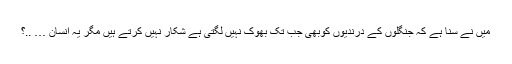
میں نے سنا ہے کہ جنگلوں کے درندیوں کوبھی جب تک بھوک نہیں لگتی ہے شکار نہیں کرتے ہیں مگر یہ انسان … ..؟